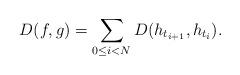
LaTeX: \begin{align*}D(f,g)= \sum _{0\leq i <N} D(h_{t_{i+1}}, h_{t_i}).\end{align*}